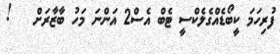
ފުރިހަމަ ކީބޯޑެއްގެލެކްސީ ޓެބް އެސް2 އަންނަ މަހު ބާޒާރަށް   !